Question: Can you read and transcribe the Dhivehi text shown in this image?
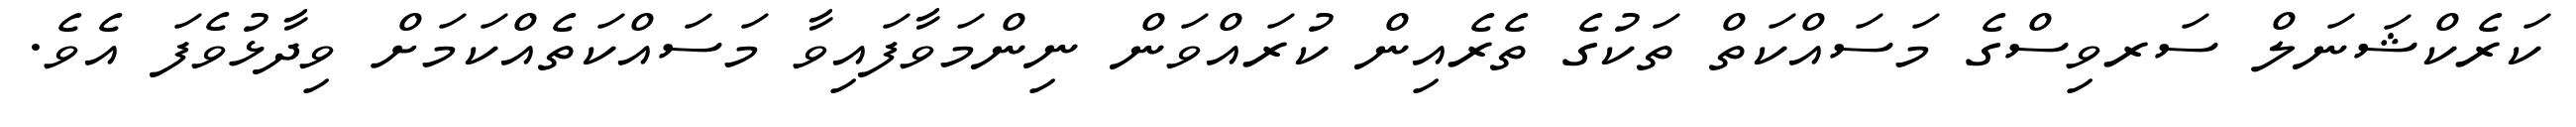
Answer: ކަރެކްޝަނަލް ސަރވިސްގެ މަސައްކަތް ތަކުގެ ތެރެއިން ކުރައްވަން ނިންމަވާފައިވާ މަސައްކަތެއްކަމަށް ވިދާޅުވެފަ އެވެ.